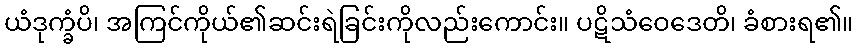
ယံဒုက္ခံပိ၊ အကြင်ကိုယ်၏ဆင်းရဲခြင်းကိုလည်းကောင်း။ ပဋိသံဝေဒေတိ၊ ခံစားရ၏။